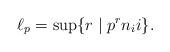
LaTeX: \begin{align*}\ell_p=\sup \{r\mid p^rn_i i\}.\end{align*}